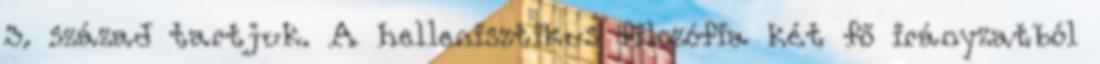
3. század tartjuk. A hellenisztikus filozófia két fő irányzatból